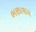
ભણાવાય